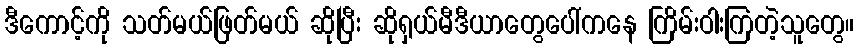
ဒီကောင့်ကို သတ်မယ်ဖြတ်မယ် ဆိုပြီး ဆိုရှယ်မီဒီယာတွေပေါ်ကနေ ကြိမ်းဝါးကြတဲ့သူတွေ။